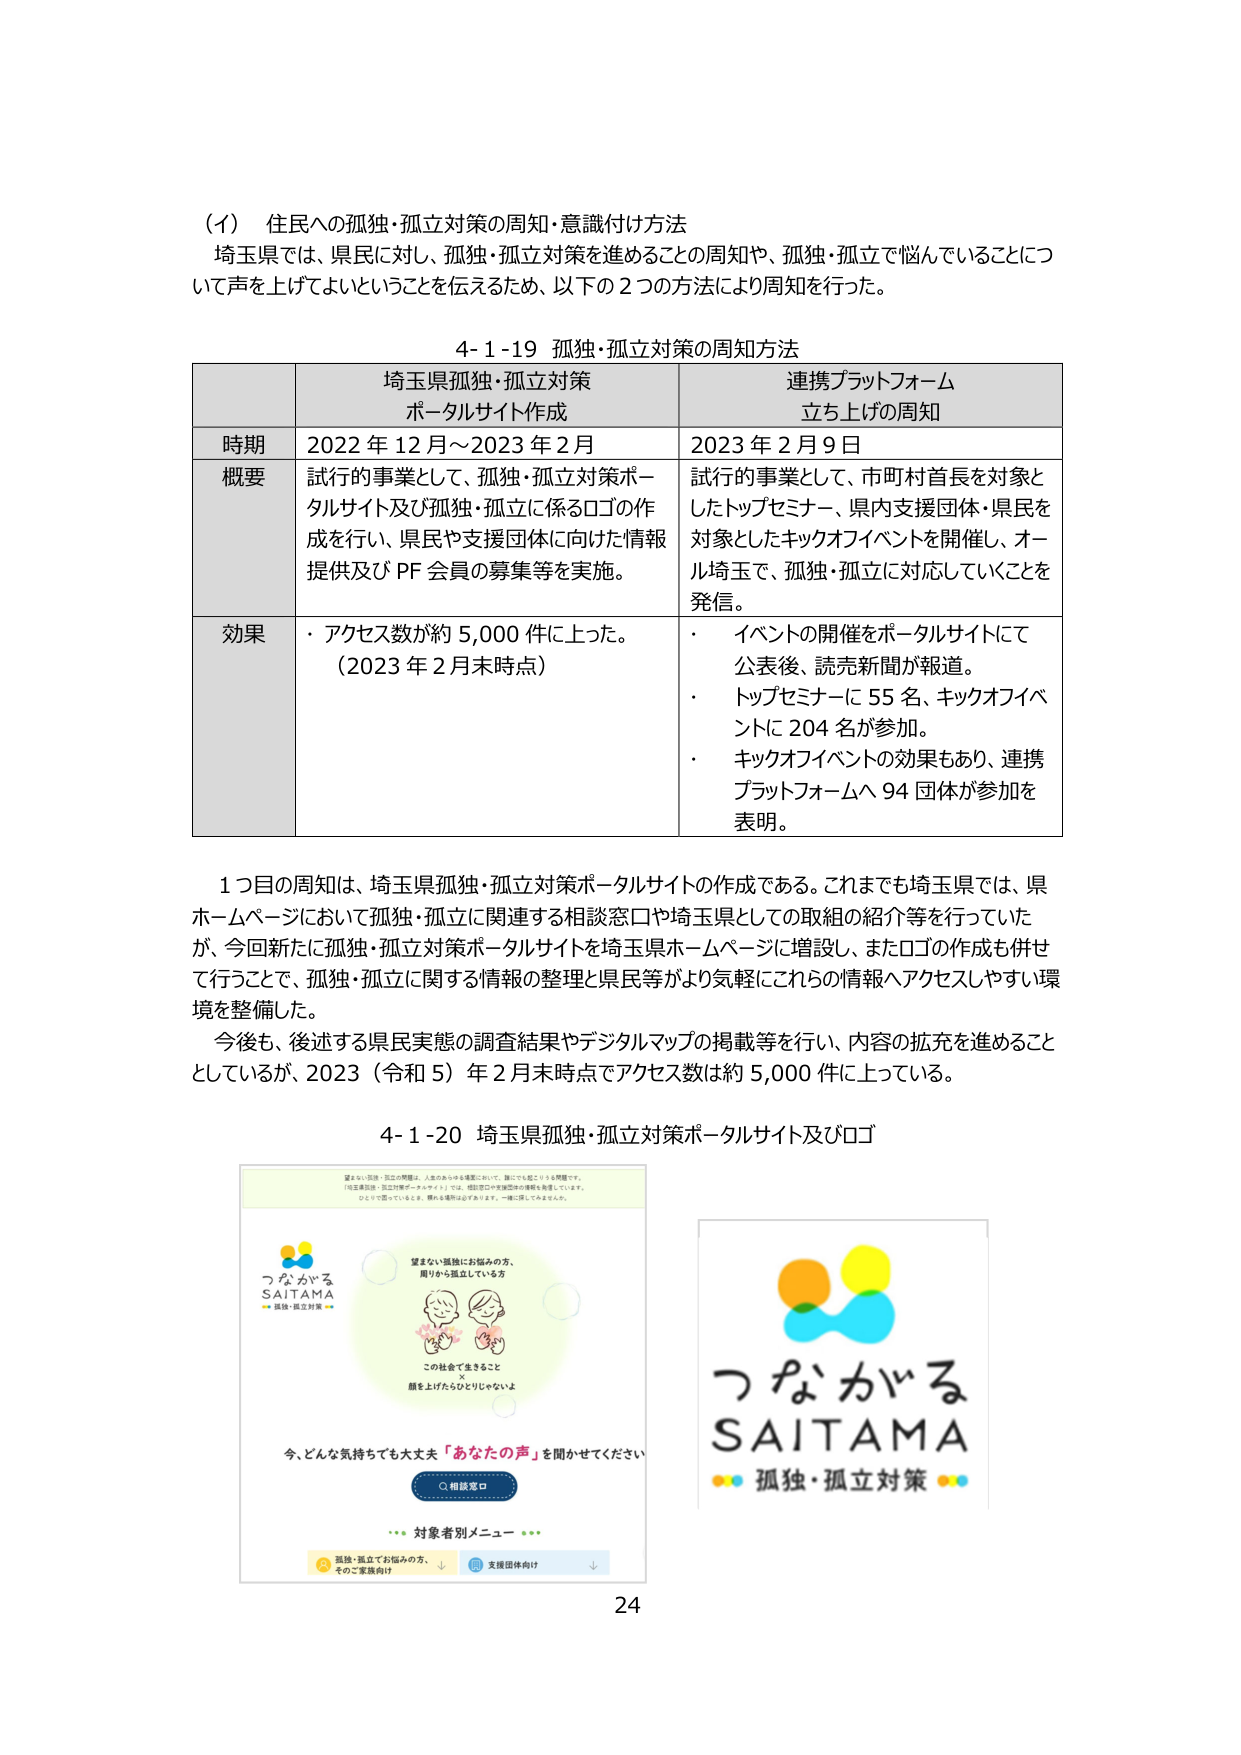
（イ） 住民への孤独・孤立対策の周知・意識付け方法
埼玉県では、県民に対し、孤独・孤立対策を進めることの周知や、孤独・孤立で悩んでいることについて声を上げてよいということを伝えるため、以下の２つの方法により周知を行った。

4-1-19 孤独・孤立対策の周知方法

| | 埼玉県孤独・孤立対策ポータルサイト作成 | 連携プラットフォーム立ち上げの周知 |
|---|---|---|
| 時期 | 2022 年 12 月～2023 年 2 月 | 2023 年 2 月 9 日 |
| 概要 | 試行的事業として、孤独・孤立対策ポータルサイト及び孤独・孤立に係るロゴの作成を行い、県民や支援団体に向けた情報提供及び PF 会員の募集等を実施。 | 試行的事業として、市町村首長を対象としたトップセミナー、県内支援団体・県民を対象としたキックオフイベントを開催し、オール埼玉で、孤独・孤立に対応していくことを発信。 |
| 効果 | ・アクセス数が約 5,000 件に上った。（2023 年 2 月末時点） | ・イベントの開催をポータルサイトにて公表後、読売新聞が報道。<br>・トップセミナーに 55 名、キックオフイベントに 204 名が参加。<br>・キックオフイベントの効果もあり、連携プラットフォームへ 94 団体が参加を表明。 |

1つ目の周知は、埼玉県孤独・孤立対策ポータルサイトの作成である。これまでも埼玉県では、県ホームページにおいて孤独・孤立に関連する相談窓口や埼玉県としての取組の紹介等を行っていたが、今回新たに孤独・孤立対策ポータルサイトを埼玉県ホームページに増設し、またロゴの作成も併せて行うことで、孤独・孤立に関する情報の整理と県民等がより気軽にこれらの情報へアクセスしやすい環境を整備した。
今後も、後述する県民実態の調査結果やデジタルマップの掲載等を行い、内容の拡充を進めることとしているが、2023（令和 5）年 2 月末時点でアクセス数は約 5,000 件に上っている。

4-1-20 埼玉県孤独・孤立対策ポータルサイト及びロゴ

望まない孤独・孤立の問題は、人生のあらゆる場面において、誰にでも起こりうる問題です。
「埼玉県孤独・孤立対策ポータルサイト」では、相談窓口や支援団体の情報を発信しています。
ひとりで悩んでいるとき、頼れる場所は必ずあります。一緒に探してみませんか。

つながる
SAITAMA
孤独・孤立対策

望まない孤独にお悩みの方、
周りから孤立している方

この社会で生きること
顔を上げたらひとりじゃないよ

今、どんな気持ちでも大丈夫「あなたの声」を聞かせてください
○相談窓口

*** 対象者別メニュー ***
孤独・孤立でお悩みの方、そのご家族向け ↓
支援団体向け ↓

つながる
SAITAMA
孤独・孤立対策

24